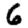
Digit: 6